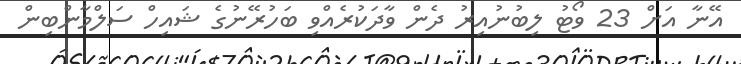
އޭނާ އަށް 23 ވޯޓު ލިބުނުއިރު ދެން ވާދަކުރެއްވި ބަހުރޭނުގެ ޝައިހް ސަލްމާންބިން